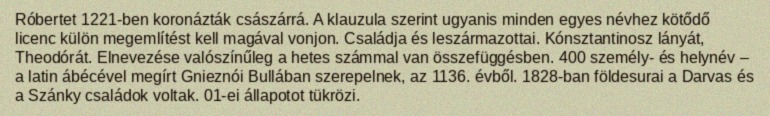
Róbertet 1221-ben koronázták császárrá. A klauzula szerint ugyanis minden egyes névhez kötődő licenc külön megemlítést kell magával vonjon. Családja és leszármazottai. Kónsztantinosz lányát, Theodórát. Elnevezése valószínűleg a hetes számmal van összefüggésben. 400 személy- és helynév – a latin ábécével megírt Gnieznói Bullában szerepelnek, az 1136. évből. 1828-ban földesurai a Darvas és a Szánky családok voltak. 01-ei állapotot tükrözi.